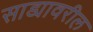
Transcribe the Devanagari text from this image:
साड्यावरील